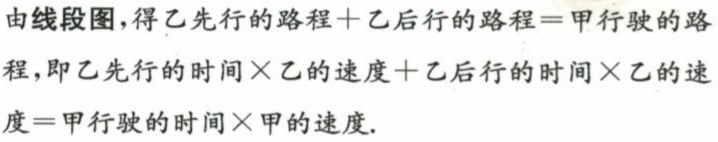
由线段图，得乙先行的路程＋乙后行的路程＝甲行驶的路程，即乙先行的时间×乙的速度＋乙后行的时间×乙的速度＝甲行驶的时间×甲的速度.